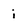
Character: i